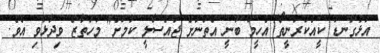
އަޅުގަނޑު ކީއްކުރަނީތޯ އެހީމަ ބުނީ އެތަނަށް ޖައްސާލީ ކަމަށް" މުހުތާޒް ވިދާޅުވި އެވެ.